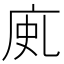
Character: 𢈗